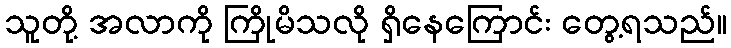
သူတို့ အလာကို ကြိုမိသလို ရှိနေကြောင်း တွေ့ရသည်။